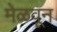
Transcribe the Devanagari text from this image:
मेळवून